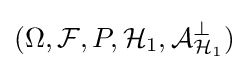
(\Omega ,{\mathcal {F}},P,{\mathcal {H}}_{1},{\mathcal {A}}_{{\mathcal {H}}_{1}}^{\perp })